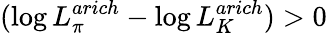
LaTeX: (\log{L_{\pi}^{arich}}-\log{L_{K}^{arich})}>0